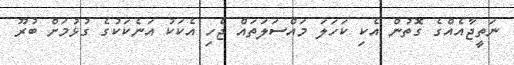
ނަތީޖާއެއްގެ ގޮތުން އެކި ކަހަލަ މައްސަލަތައް ޖެހި އެކަކު އަނެކަކުގެ ގުޅުމަށް ބުރޫ